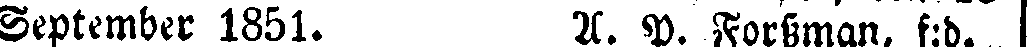
September 1851. A. P. Forssman, f:d